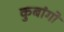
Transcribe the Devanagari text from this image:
कुबांगो